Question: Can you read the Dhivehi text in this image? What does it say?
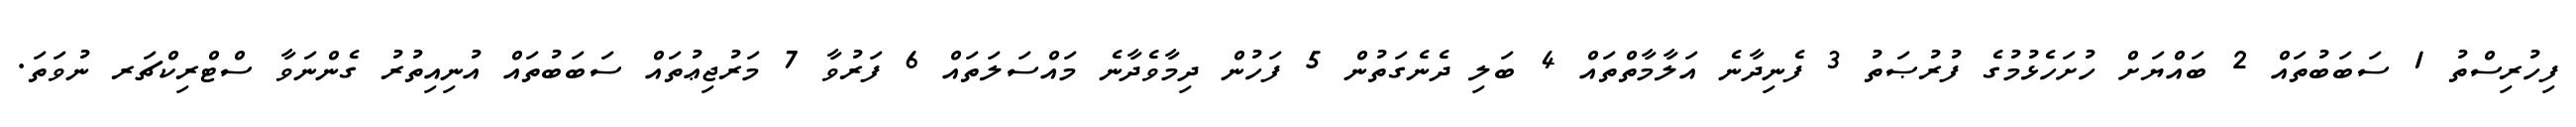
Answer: ފިހުރިސްތު 1 ސަބަބުތައް 2 ބައްޔަށް ހުށަހެޅުމުގެ ފުރުޞަތު 3 ފެނިދާނެ އަލާމާތްތައް 4 ބަލި ދެނެގަތުން 5 ފަހުން ދިމާވެދާނެ މައްސަލަތައް 6 ފަރުވާ 7 މަރުޖިޢުތައް ސަބަބުތައް އުނިއިތުރު ގެންނަވާ ސްޓްރިކްޗަރ ނުވަތަ.